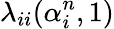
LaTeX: \lambda_{ii}(\alpha_{i}^{n},1)